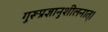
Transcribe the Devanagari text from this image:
गुरूप्रज्ञानुशीलनात्।